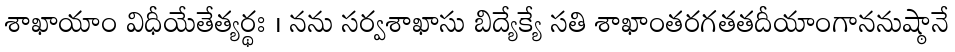
శాఖాయాం విధీయేతేత్యర్థః । నను సర్వశాఖాసు బిద్యేక్యే సతి శాఖాంతరగతతదీయాంగాననుష్ఠానే